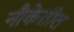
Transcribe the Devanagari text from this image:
नौकेतील